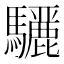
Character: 𮪜